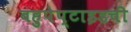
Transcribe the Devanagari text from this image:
बहुपेप्टाइडची